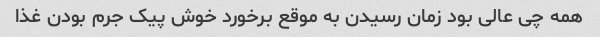
همه چی عالی بود زمان رسیدن به موقع برخورد خوش پیک جرم بودن غذا